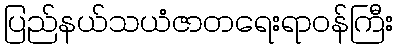
ပြည်နယ်သယံဇာတရေးရာဝန်ကြီး